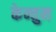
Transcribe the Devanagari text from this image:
केन्तुम